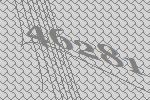
46281